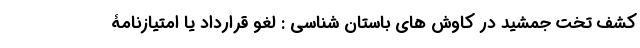
کشف تخت جمشید در کاوش های باستان شناسی : لغو قرارداد یا امتیازنامۀ